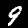
Label: 9